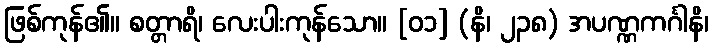
ဖြစ်ကုန်၏။ စတ္တာရိ၊ လေးပါးကုန်သော။ [၀၁] (နိ၊ ၂၃၈) အပဏ္ဏကင်္ဂါနိ၊